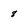
Character: 8